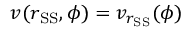
v ( r _ { \mathrm { S S } } , \phi ) = v _ { r _ { \mathrm { S S } } } ( \phi )